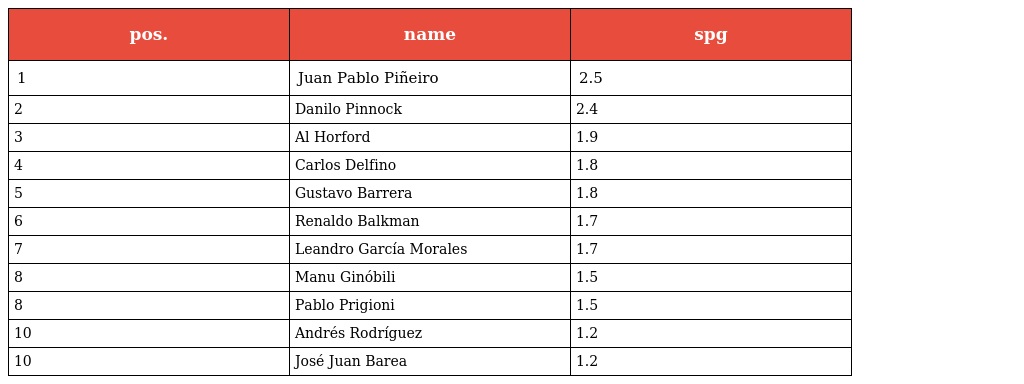
| pos. | name | spg |
 | --- | --- | --- |
 | 1 | Juan Pablo Piñeiro | 2.5 |
 | 2 | Danilo Pinnock | 2.4 |
 | 3 | Al Horford | 1.9 |
 | 4 | Carlos Delfino | 1.8 |
 | 5 | Gustavo Barrera | 1.8 |
 | 6 | Renaldo Balkman | 1.7 |
 | 7 | Leandro García Morales | 1.7 |
 | 8 | Manu Ginóbili | 1.5 |
 | 8 | Pablo Prigioni | 1.5 |
 | 10 | Andrés Rodríguez | 1.2 |
 | 10 | José Juan Barea | 1.2 |